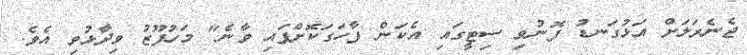
ޖެނެރަލަށް އަޅުގަނޑު ފޮނުވި ސިޓީގައި އެކަން ފާހަގަކޮށްފައި ވާނެ" މަހުފޫޒު ވިދާޅުވި އެވެ.